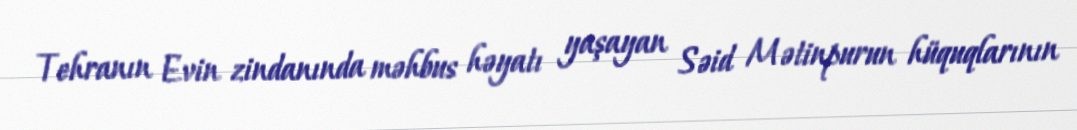
Tehranın Evin zindanında məhbus həyatı yaşayan Səid Mətinpurun hüquqlarının